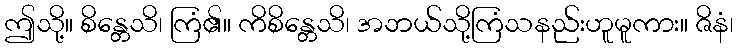
ဤသို့။ စိန္တေသိ၊ ကြံ၏။ ကိစိန္တေသိ၊ အဘယ်သို့ကြံသနည်းဟူမူကား။ ဇိနံ၊